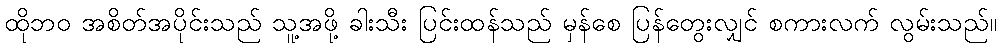
ထိုဘဝ အစိတ်အပိုင်းသည် သူ့အဖို့ ခါးသီး ပြင်းထန်သည် မှန်စေ ပြန်တွေးလျှင် စကားလက် လွမ်းသည်။